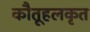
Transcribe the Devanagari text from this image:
कौतूहलकृत